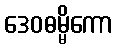
ဒေဝဓမ္မိကော